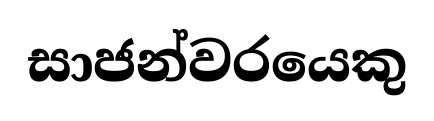
සාජන්වරයෙකු